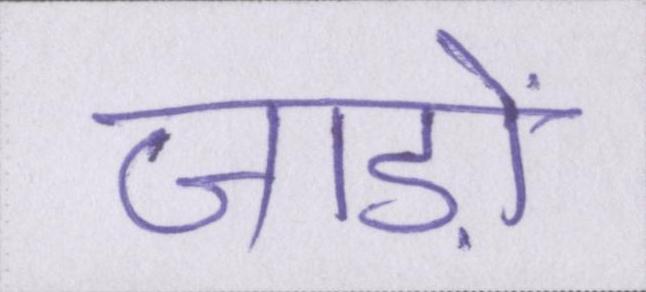
जाड़ों